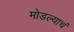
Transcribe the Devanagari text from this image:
मोडल्याचं